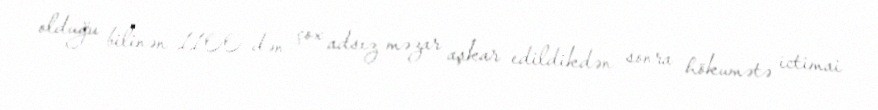
olduğu bilinən 1100-dən çox adsız məzar aşkar edildikdən sonra hökumətə ictimai